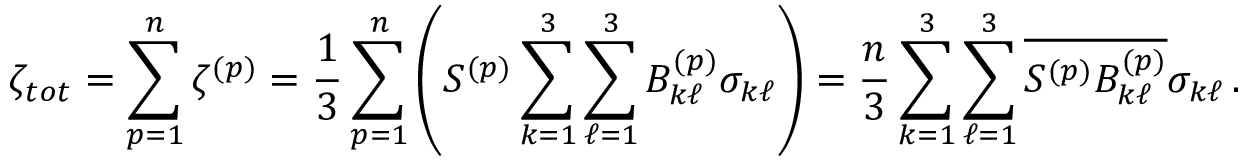
\zeta _ { t o t } = \sum _ { p = 1 } ^ { n } \zeta ^ { ( p ) } = \frac { 1 } { 3 } \sum _ { p = 1 } ^ { n } \left( S ^ { ( p ) } \sum _ { k = 1 } ^ { 3 } \sum _ { \ell = 1 } ^ { 3 } B _ { k \ell } ^ { ( p ) } \sigma _ { k \ell } \right) = \frac { n } { 3 } \sum _ { k = 1 } ^ { 3 } \sum _ { \ell = 1 } ^ { 3 } { \overline { { S ^ { ( p ) } B _ { k \ell } ^ { ( p ) } } } } \sigma _ { k \ell } \, .